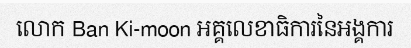
លោក Ban Ki-moon អគ្គលេខាធិការនៃអង្គការ